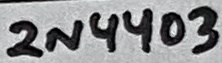
Text: 2N4403